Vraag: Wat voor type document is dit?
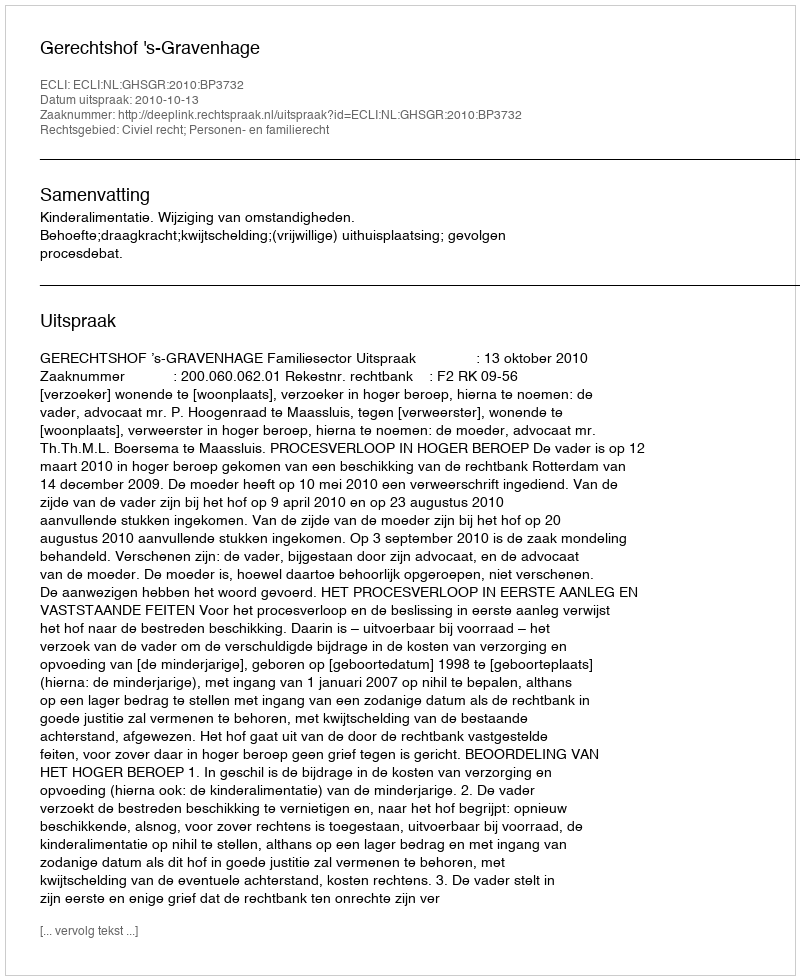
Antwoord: Uitspraak